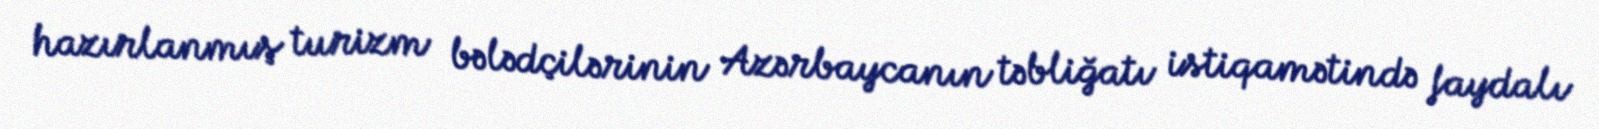
hazırlanmış turizm bələdçilərinin Azərbaycanın təbliğatı istiqamətində faydalı